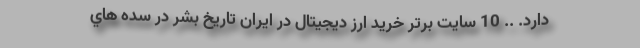
دارد. .. 10 سايت برتر خريد ارز ديجيتال در ايران تاريخ بشر در سده هاي